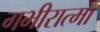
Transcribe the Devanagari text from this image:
गभीरात्मा